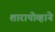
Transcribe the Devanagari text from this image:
शारापोव्हाने